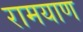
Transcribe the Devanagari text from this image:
रामयाण